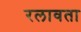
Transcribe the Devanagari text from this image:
रलावता